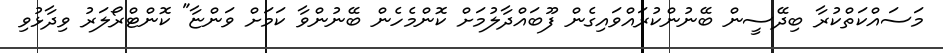
މަސައްކަތްކުރާ ބިދޭސީން ބޭނުންކުރައްވައިގެން ފޫބައްދާލުމަށް ކޮންމެހެން ބޭނުންވާ ކަމަށް ވަންޏާ" ކޮންޓްރޯލަރު ވިދާޅުވި